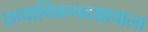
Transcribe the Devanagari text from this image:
छायाचित्रव्यवसायाला